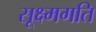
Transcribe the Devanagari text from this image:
सूक्ष्‍मगति